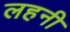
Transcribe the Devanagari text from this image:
लहनी